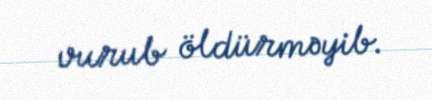
vurub öldürməyib.